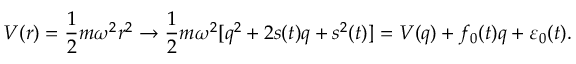
V ( r ) = \frac { 1 } { 2 } m \omega ^ { 2 } r ^ { 2 } \rightarrow \frac { 1 } { 2 } m \omega ^ { 2 } [ q ^ { 2 } + 2 s ( t ) q + s ^ { 2 } ( t ) ] = V ( q ) + f _ { 0 } ( t ) q + \varepsilon _ { 0 } ( t ) .